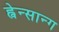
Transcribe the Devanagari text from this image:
ह्वेन्सान्ग